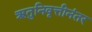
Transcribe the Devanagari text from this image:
ऋतुनिवृत्तीनंतर